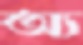
অ্য